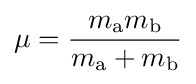
\mu ={\frac {m_{\text{a}}m_{\text{b}}}{m_{\text{a}}+m_{\text{b}}}}